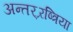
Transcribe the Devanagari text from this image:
अन्तर्‍र्रष्त्रिया